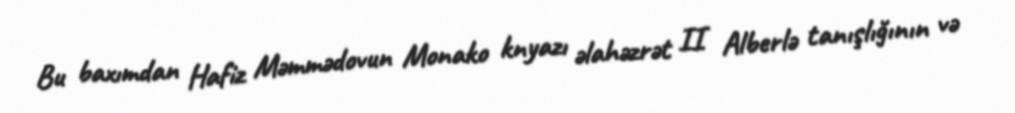
Bu baxımdan Hafiz Məmmədovun Monako knyazı əlahəzrət II Alberlə tanışlığının və